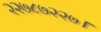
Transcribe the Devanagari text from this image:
२२७८७२२७।